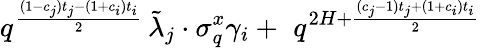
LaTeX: q^{\frac{(1-c_{j})t_{j}-(1+c_{i})t_{i}}{2}}\, \tilde{\lambda}_{j}\cdot\sigma_{q}^{x}\gamma_{i}+\, \, q^{2H+\frac{(c_{j}-1)t_{j}+(1+c_{i})t_{i}}{2}}\,